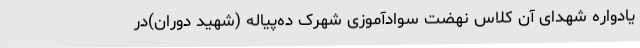
یادواره شهدای آن کلاس نهضت سوادآموزی شهرک ده‌پیاله (شهید دوران)در